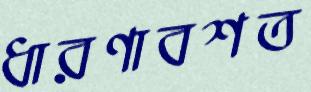
ধারণাবশত